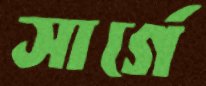
সার্গে